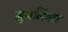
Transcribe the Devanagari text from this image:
मुथलियार